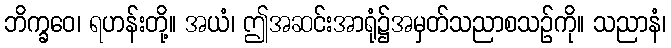
ဘိက္ခဝေ၊ ရဟန်းတို့။ အယံ၊ ဤအဆင်းအာရုံ၌အမှတ်သညာစသဉ်ကို။ သညာနံ၊